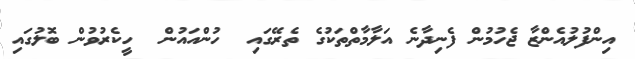
އިންފުލުއެންޒާ ޖެހުމުން ފެނިދާނެ އަލާމާތްތަކުގެ ތެރޭގައި  ހުންއައުން  ހީކެރުވުން ބޮލުގައި